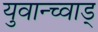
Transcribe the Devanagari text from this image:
युवान्च्वाड्